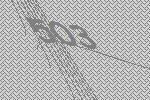
503